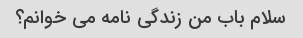
سلام باب من زندگی نامه می خوانم؟